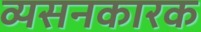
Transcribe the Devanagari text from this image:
व्यसनकारक